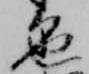
色